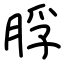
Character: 脬